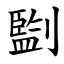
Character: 㔋